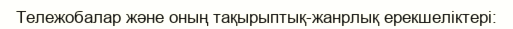
Тележобалар және оның тақырыптық-жанрлық ерекшеліктері: